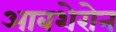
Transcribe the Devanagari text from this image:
आबशेरोन